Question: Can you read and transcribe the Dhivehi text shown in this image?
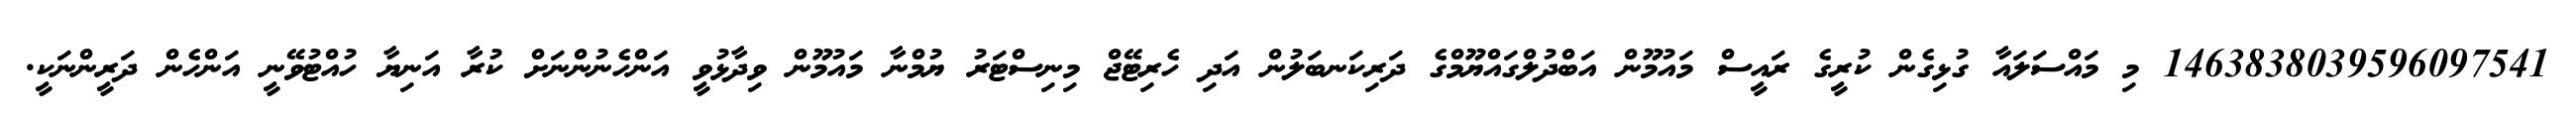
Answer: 1463838039596097541 މި މައްސަލައާ ގުޅިގެން ކުރީގެ ރައީސް މައުމޫން އަބްދުލްގައްޔޫމްގެ ދަރިކަނބަލުން އަދި ހެރިޓޭޖް މިނިސްޓަރު ޔުމްނާ މައުމޫން ވިދާޅުވީ އަންހެނުންނަށް ކުރާ އަނިޔާ ހުއްޓުވޭނީ އަންހެން ދަރީންނަކީ.